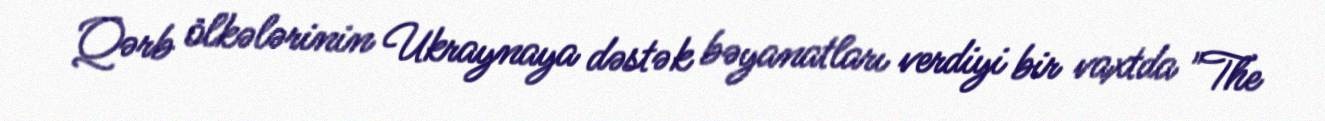
Qərb ölkələrinin Ukraynaya dəstək bəyanatları verdiyi bir vaxtda "The